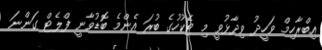
އިބްރާހިމް ވަހީދު ވިދާޅުވީ މި ޓެކުހުގެ ބުރަ އެންމެ ބޮޑުވާނީ ފްލެޓް ގަންނަ